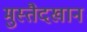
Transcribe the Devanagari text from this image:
मुस्तैदखान